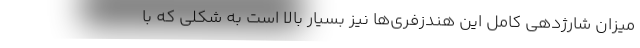
میزان شارژدهی کامل این هندزفری‌ها نیز بسیار بالا است به شکلی که با